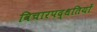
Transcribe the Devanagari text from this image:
विचारपद्धतियों